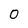
Character: 0